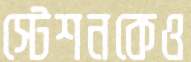
স্টেশনকেও